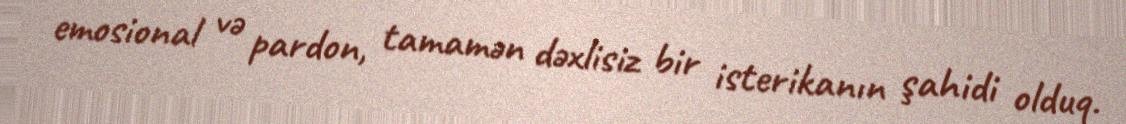
emosional və pardon, tamamən dəxlisiz bir isterikanın şahidi olduq.